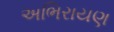
અભિરાયણ